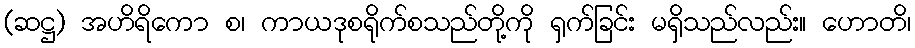
(ဆဋ္ဌ) အဟိရိကော စ၊ ကာယဒုစရိုက်စသည်တို့ကို ရှက်ခြင်း မရှိသည်လည်း။ ဟောတိ၊